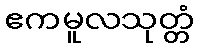
ဧကမူလသုတ္တံ